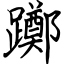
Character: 躑